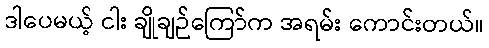
ဒါပေမယ့် ငါး ချိုချဉ်ကြော်က အရမ်း ကောင်းတယ်။